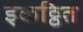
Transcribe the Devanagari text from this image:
इकठ्ठित